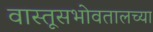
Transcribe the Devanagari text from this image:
वास्तूसभोवतालच्या